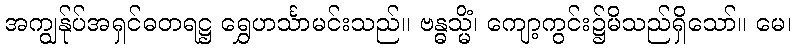
အကျွန်ုပ်အရှင်ဓတရဋ္ဌ ရွှေဟင်္သာမင်းသည်။ ဗန္ဓသ္မိံ၊ ကျော့ကွင်း၌မိသည်ရှိသော်။ မေ၊